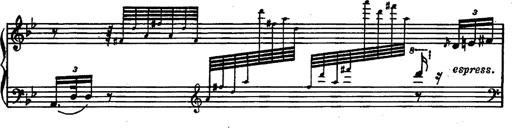
Title: Magyar rapszÃ³diÃ¡k
Composer: Franz Liszt